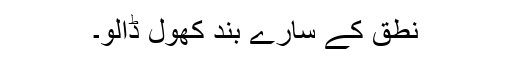
نطق کے سارے بند کھول ڈالو۔